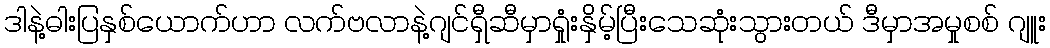
ဒါနဲ့ဓါးပြနှစ်ယောက်ဟာ လက်ဗလာနဲ့ဂျင်ရှီဆီမှာရှုံးနှိမ့်ပြီးသေဆုံးသွားတယ် ဒီမှာအမှုစစ် ဂျူး